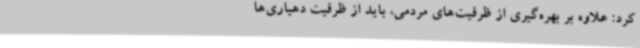
کرد: علاوه بر بهره‌گیری از ظرفیت‌های مردمی، باید از ظرفیت دهیاری‌ها